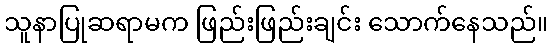
သူနာပြုဆရာမက ဖြည်းဖြည်းချင်း သောက်နေသည်။